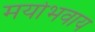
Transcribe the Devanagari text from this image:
मयोभवाय